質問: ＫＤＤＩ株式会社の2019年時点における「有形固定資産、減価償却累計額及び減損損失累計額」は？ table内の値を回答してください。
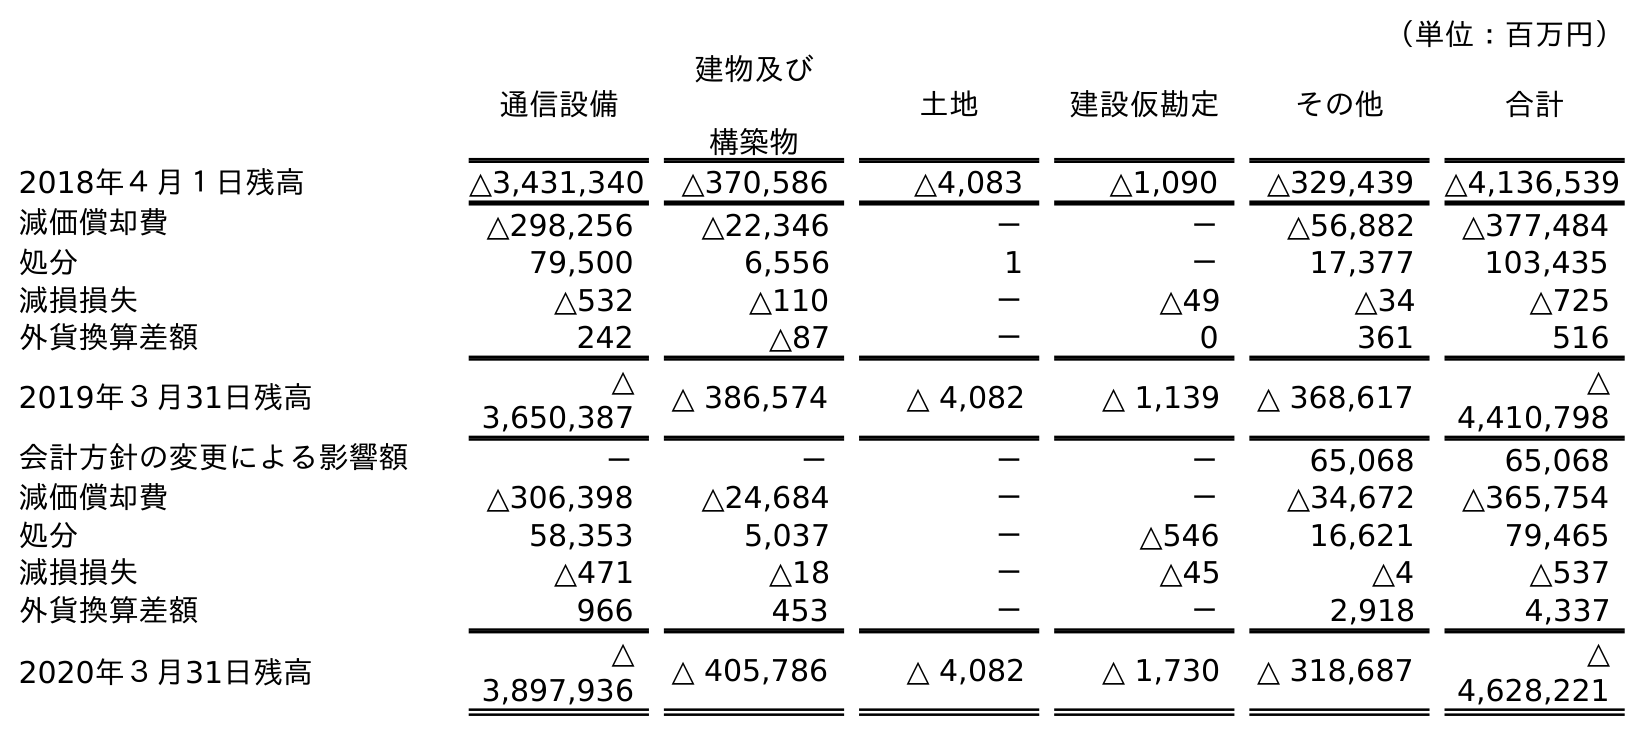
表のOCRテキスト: （単位：百万円） 通信設備 建物及び 構築物 土地 建設仮勘定 その他 合計 2018年４月１日残高 △3,431,340 △370,586 △4,083 △1,090 △329,439 △4,136,539 減価償却費 △298,256 △22,346 － － △56,882 △377,484 処分 79,500 6,556 1 － 17,377 103,435 減損損失 △532 △110 － △49 △34 △725 外貨換算差額 242 △87 － 0 361 516 2019年３月31日残高 △ 3,650,387 △ 386,574 △ 4,082 △ 1,139 △ 368,617 △ 4,410,798 会計方針の変更による影響額 － － － － 65,068 65,068 減価償却費 △306,398 △24,684 － － △34,672 △365,754 処分 58,353 5,037 － △546 16,621 79,465 減損損失 △471 △18 － △45 △4 △537 外貨換算差額 966 453 － － 2,918 4,337 2020年３月31日残高 △ 3,897,936 △ 405,786 △ 4,082 △ 1,730 △ 318,687 △ 4,628,221
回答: △4,410,798